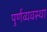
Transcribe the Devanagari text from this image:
पुर्णव्यवस्था